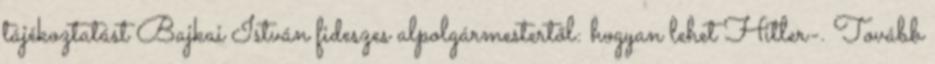
tájékoztatást Bajkai István fideszes alpolgármestertől: hogyan lehet Hitler-. Tovább